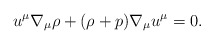
\begin{align*} u^\mu\nabla_\mu\rho+(\rho+p)\nabla_\mu u^\mu=0.\end{align*}